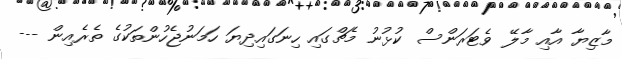
މާޒިޔާ އާއި މާލޭ ވެޓަރަންސް ކުޅުނު މެޗްގައި ހިނަގައިދިޔަ ހަމަނުޖެހުންތަކުގެ ތެރެއިން ---